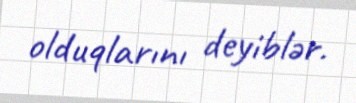
olduqlarını deyiblər.